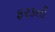
ફરકતી